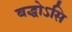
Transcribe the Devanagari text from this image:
बद्धोऽसि